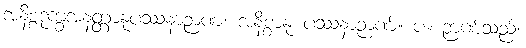
အနိစ္စဒုက္ခအနတ္တာနုပဿနာဉာဏံ၊ အနိစ္စာနု ပဿနာဉာဏ်။ ပ။ ဉာဏ်သည်။